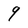
Character: 9